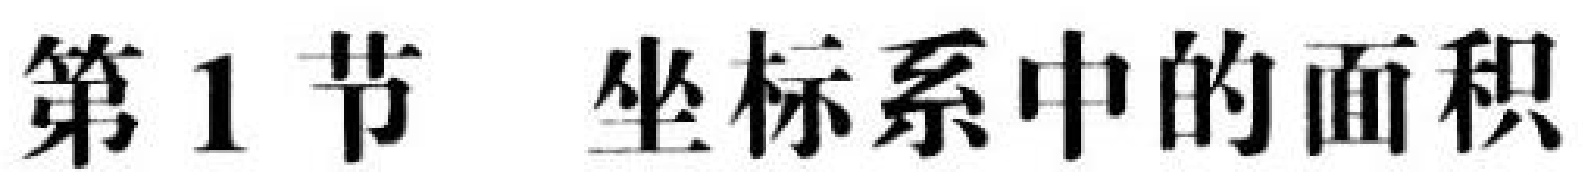
第1节 坐标系中的面积